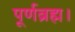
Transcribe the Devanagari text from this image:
पूर्णब्रह्म।